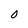
Character: 0